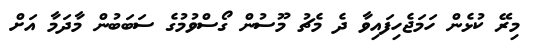
މިރޭ ކުޅެން ހަމަޖެހިފައިވާ ދެ މެޗު މޫސުން ގޯސްވުމުގެ ސަބަބުން މާދަމާ އަށް